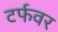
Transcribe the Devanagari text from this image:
टर्फवर